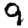
Digit: 9